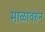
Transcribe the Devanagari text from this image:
माळावरुन